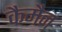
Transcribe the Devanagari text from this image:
कैमैन